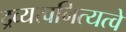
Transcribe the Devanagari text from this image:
द्रव्यत्वनित्यत्वे